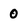
Character: 0